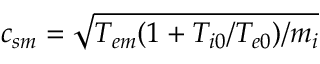
c _ { s m } = \sqrt { T _ { e m } ( 1 + T _ { i 0 } / T _ { e 0 } ) / m _ { i } }